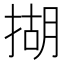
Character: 𢰮